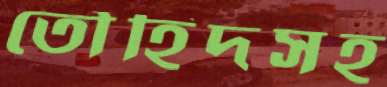
তৌহিদসহ